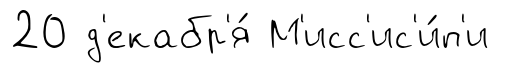
20 д'екабр'я́ М'исс'ис'и́п'и